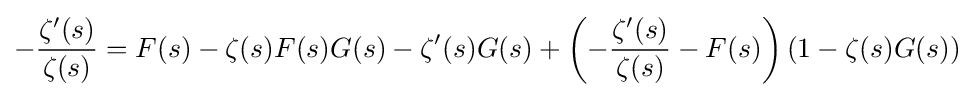
-{\frac {\zeta ^{\prime }(s)}{\zeta (s)}}=F(s)-\zeta (s)F(s)G(s)-\zeta ^{\prime }(s)G(s)+\left(-{\frac {\zeta ^{\prime }(s)}{\zeta (s)}}-F(s)\right)(1-\zeta (s)G(s))